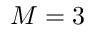
M = 3